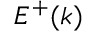
E ^ { + } ( k )